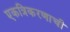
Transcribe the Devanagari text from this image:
एकत्रिकरणाची